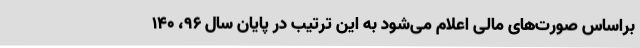
براساس صورت‌های مالی اعلام می‌شود به این ترتیب در پایان سال 96، 140